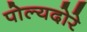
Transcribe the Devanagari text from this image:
पोल्यदोरे